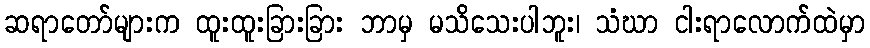
ဆရာတော်များက ထူးထူးခြားခြား ဘာမှ မသိသေးပါဘူး၊ သံဃာ ငါးရာလောက်ထဲမှာ